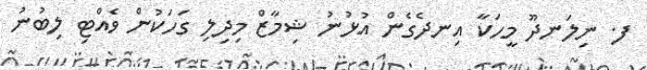
ފ. ނިލަނދޫ މީހަކާ އިނދެގެން އުޅުނު ޝިމާޒް މިދިލި ގަހަކުން ވެއްޓި ލިބުނު